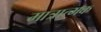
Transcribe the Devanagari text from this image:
मात्रात्‍मक